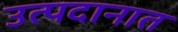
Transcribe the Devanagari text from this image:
उत्पदानात